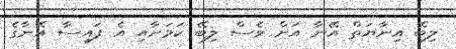
ލިބޭ އިނާޔަތް އޭނާ އަށް ވެސް ލިބޭ ކަމަށާއި އެ ފައިސާ އޭނާގެ